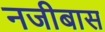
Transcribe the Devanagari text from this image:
नजीबास